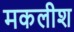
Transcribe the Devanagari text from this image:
मकलीश